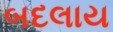
બદલાય